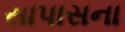
સાપાસના